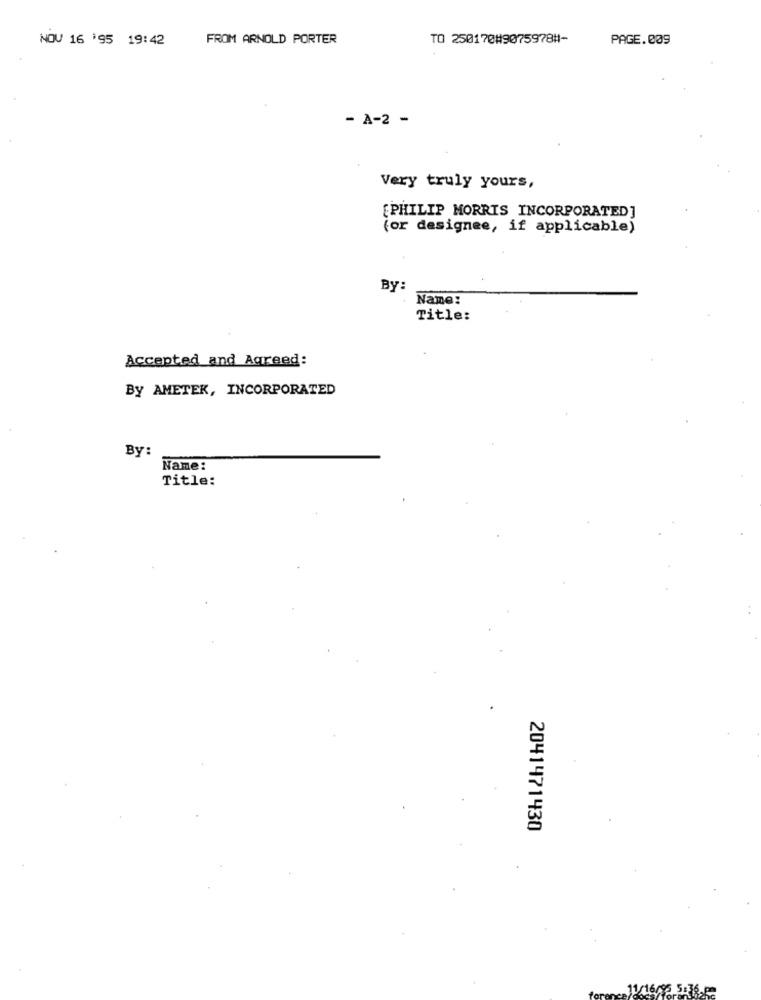
NOV 16 195 19:42
FROM ARNOLD PORTER
TO 250170#9075978#-
PAGE.009
- A-2 -
Very truly yours,
[PHILIP MORRIS INCORPORATED]
(or designee, if applicable)
By:
Name:
Title:
Accepted and Agreed:
By AMETEK, INCORPORATED
By:
Name:
Title:
2041471430
11/16
16/96 5:36.